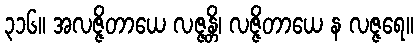
၃၁၆။ အလဇ္ဇိတာယေ လဇ္ဇန္တိ၊ လဇ္ဇိတာယေ န လဇ္ဇရေ။